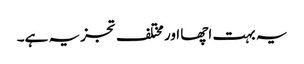
یہ بہت اچھا اور مختلف تجزیہ ہے۔